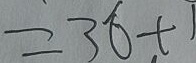
= 3 6 + 1